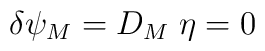
\delta \psi_M = D_M\; \eta = 0